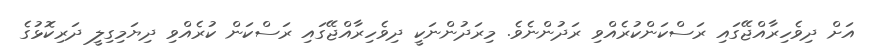
އަށް ދިވެހިރާއްޖޭގައި ރަސްކަންކުރެއްވި ރަދުންނެވެ. މިރަދުންނަކީ ދިވެހިރާއްޖޭގައި ރަސްކަން ކުރެއްވި ދިޔަމިގިލީ ދަރިކޮޅުގެ